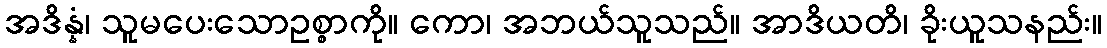
အဒိန္နံ၊ သူမပေးသောဥစ္စာကို။ ကော၊ အဘယ်သူသည်။ အာဒိယတိ၊ ခိုးယူသနည်း။